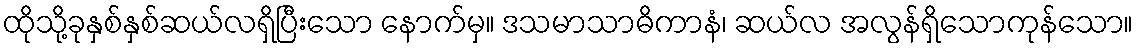
ထိုသို့ခုနှစ်နှစ်ဆယ်လရှိပြီးသော နောက်မှ။ ဒသမာသာဓိကာနံ၊ ဆယ်လ အလွန်ရှိသောကုန်သော။